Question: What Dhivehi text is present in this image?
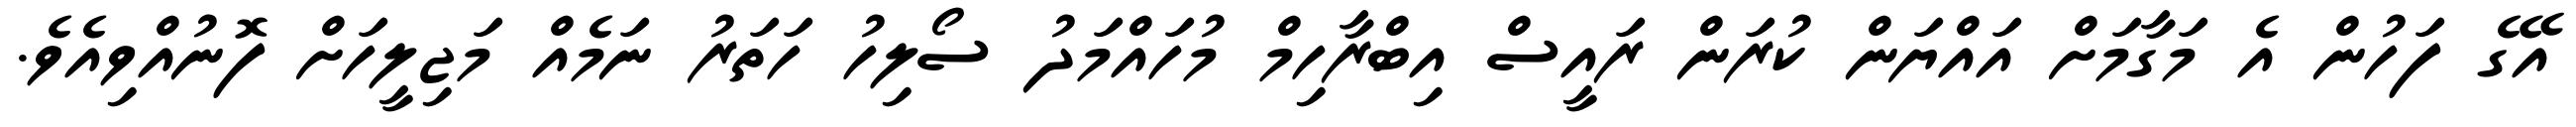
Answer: އޭގެ ފަހުން އެ މަގާމަށް އައްޔަން ކުރަން ރައީސް އިބްރާހިމް މުހައްމަދު ސޯލިހު ހަތަރު ނަމެއް މަޖިލީހަށް ފޮނުއްވިއެވެ.